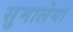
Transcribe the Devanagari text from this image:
सुमालेया